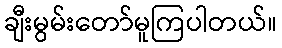
ချီးမွမ်းတော်မူကြပါတယ်။